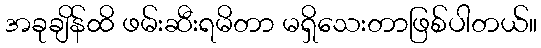
အခုချိန်ထိ ဖမ်းဆီးရမိတာ မရှိသေးတာဖြစ်ပါတယ်။